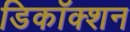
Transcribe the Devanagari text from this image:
डिकॉक्शन